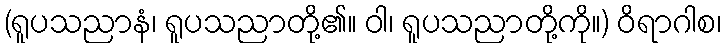
(ရူပသညာနံ၊ ရူပသညာတို့၏။ ဝါ၊ ရူပသညာတို့ကို။) ဝိရာဂါစ၊